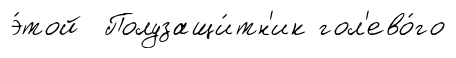
э́той Полузащи́тн'ик гол'ево́го